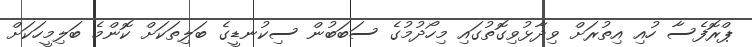
ޕްރޮފެސާ ހުއި އިތުރަށް ވިދާޅުވިގޮތުގައި މިހޯދުމުގެ ސަބަބުން ސިކުނޑީގެ ބަލިތަކަށް ކޮންމެ ބަލިމީހަކަށް